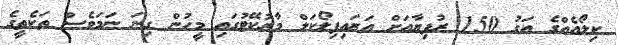
ކިލޯއެއްގެ އަގު 150 ރުފިޔާއަށް އަރައިފިލޯކަލް މާރުކޭޓުގައި މީހުން ގިނަ ނަމަވެސް ތަކެތީގެ